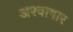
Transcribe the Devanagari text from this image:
अश्वागार